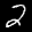
Label: 2